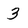
Character: 3